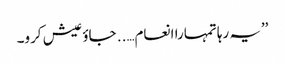
’’یہ رہا تمہارا انعام….. جاؤ عیش کرو۔